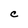
Character: C